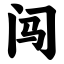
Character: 闯